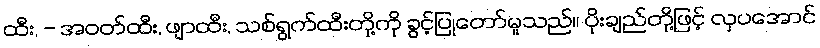
ထီး, - အဝတ်ထီး, ဖျာထီး, သစ်ရွက်ထီးတို့ကို ခွင့်ပြုတော်မူသည်။ ပိုးချည်တို့ဖြင့် လှပအောင်